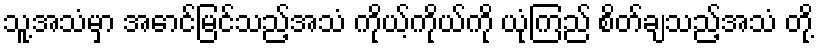
သူ့အသံမှာ အောင်မြင်သည့်အသံ ကိုယ့်ကိုယ်ကို ယုံကြည် စိတ်ချသည့်အသံ တို့